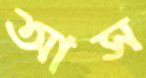
আস